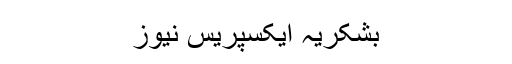
بشکریہ ایکسپریس نیوز